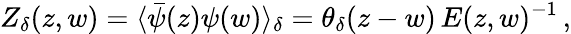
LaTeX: Z_{\delta}(z,w)=\langle\bar{\psi}(z)\psi(w)\rangle_{\delta}=\theta_{\delta}(z-w)\, E(z,w)^{-1}\, ,